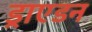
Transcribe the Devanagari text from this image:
ड्राएडन